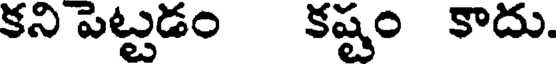
కని పెట్టడం కష్టం కాదు.